Vaike-Kullamaa_(Vaikna)_vallavalitsus, lk 36
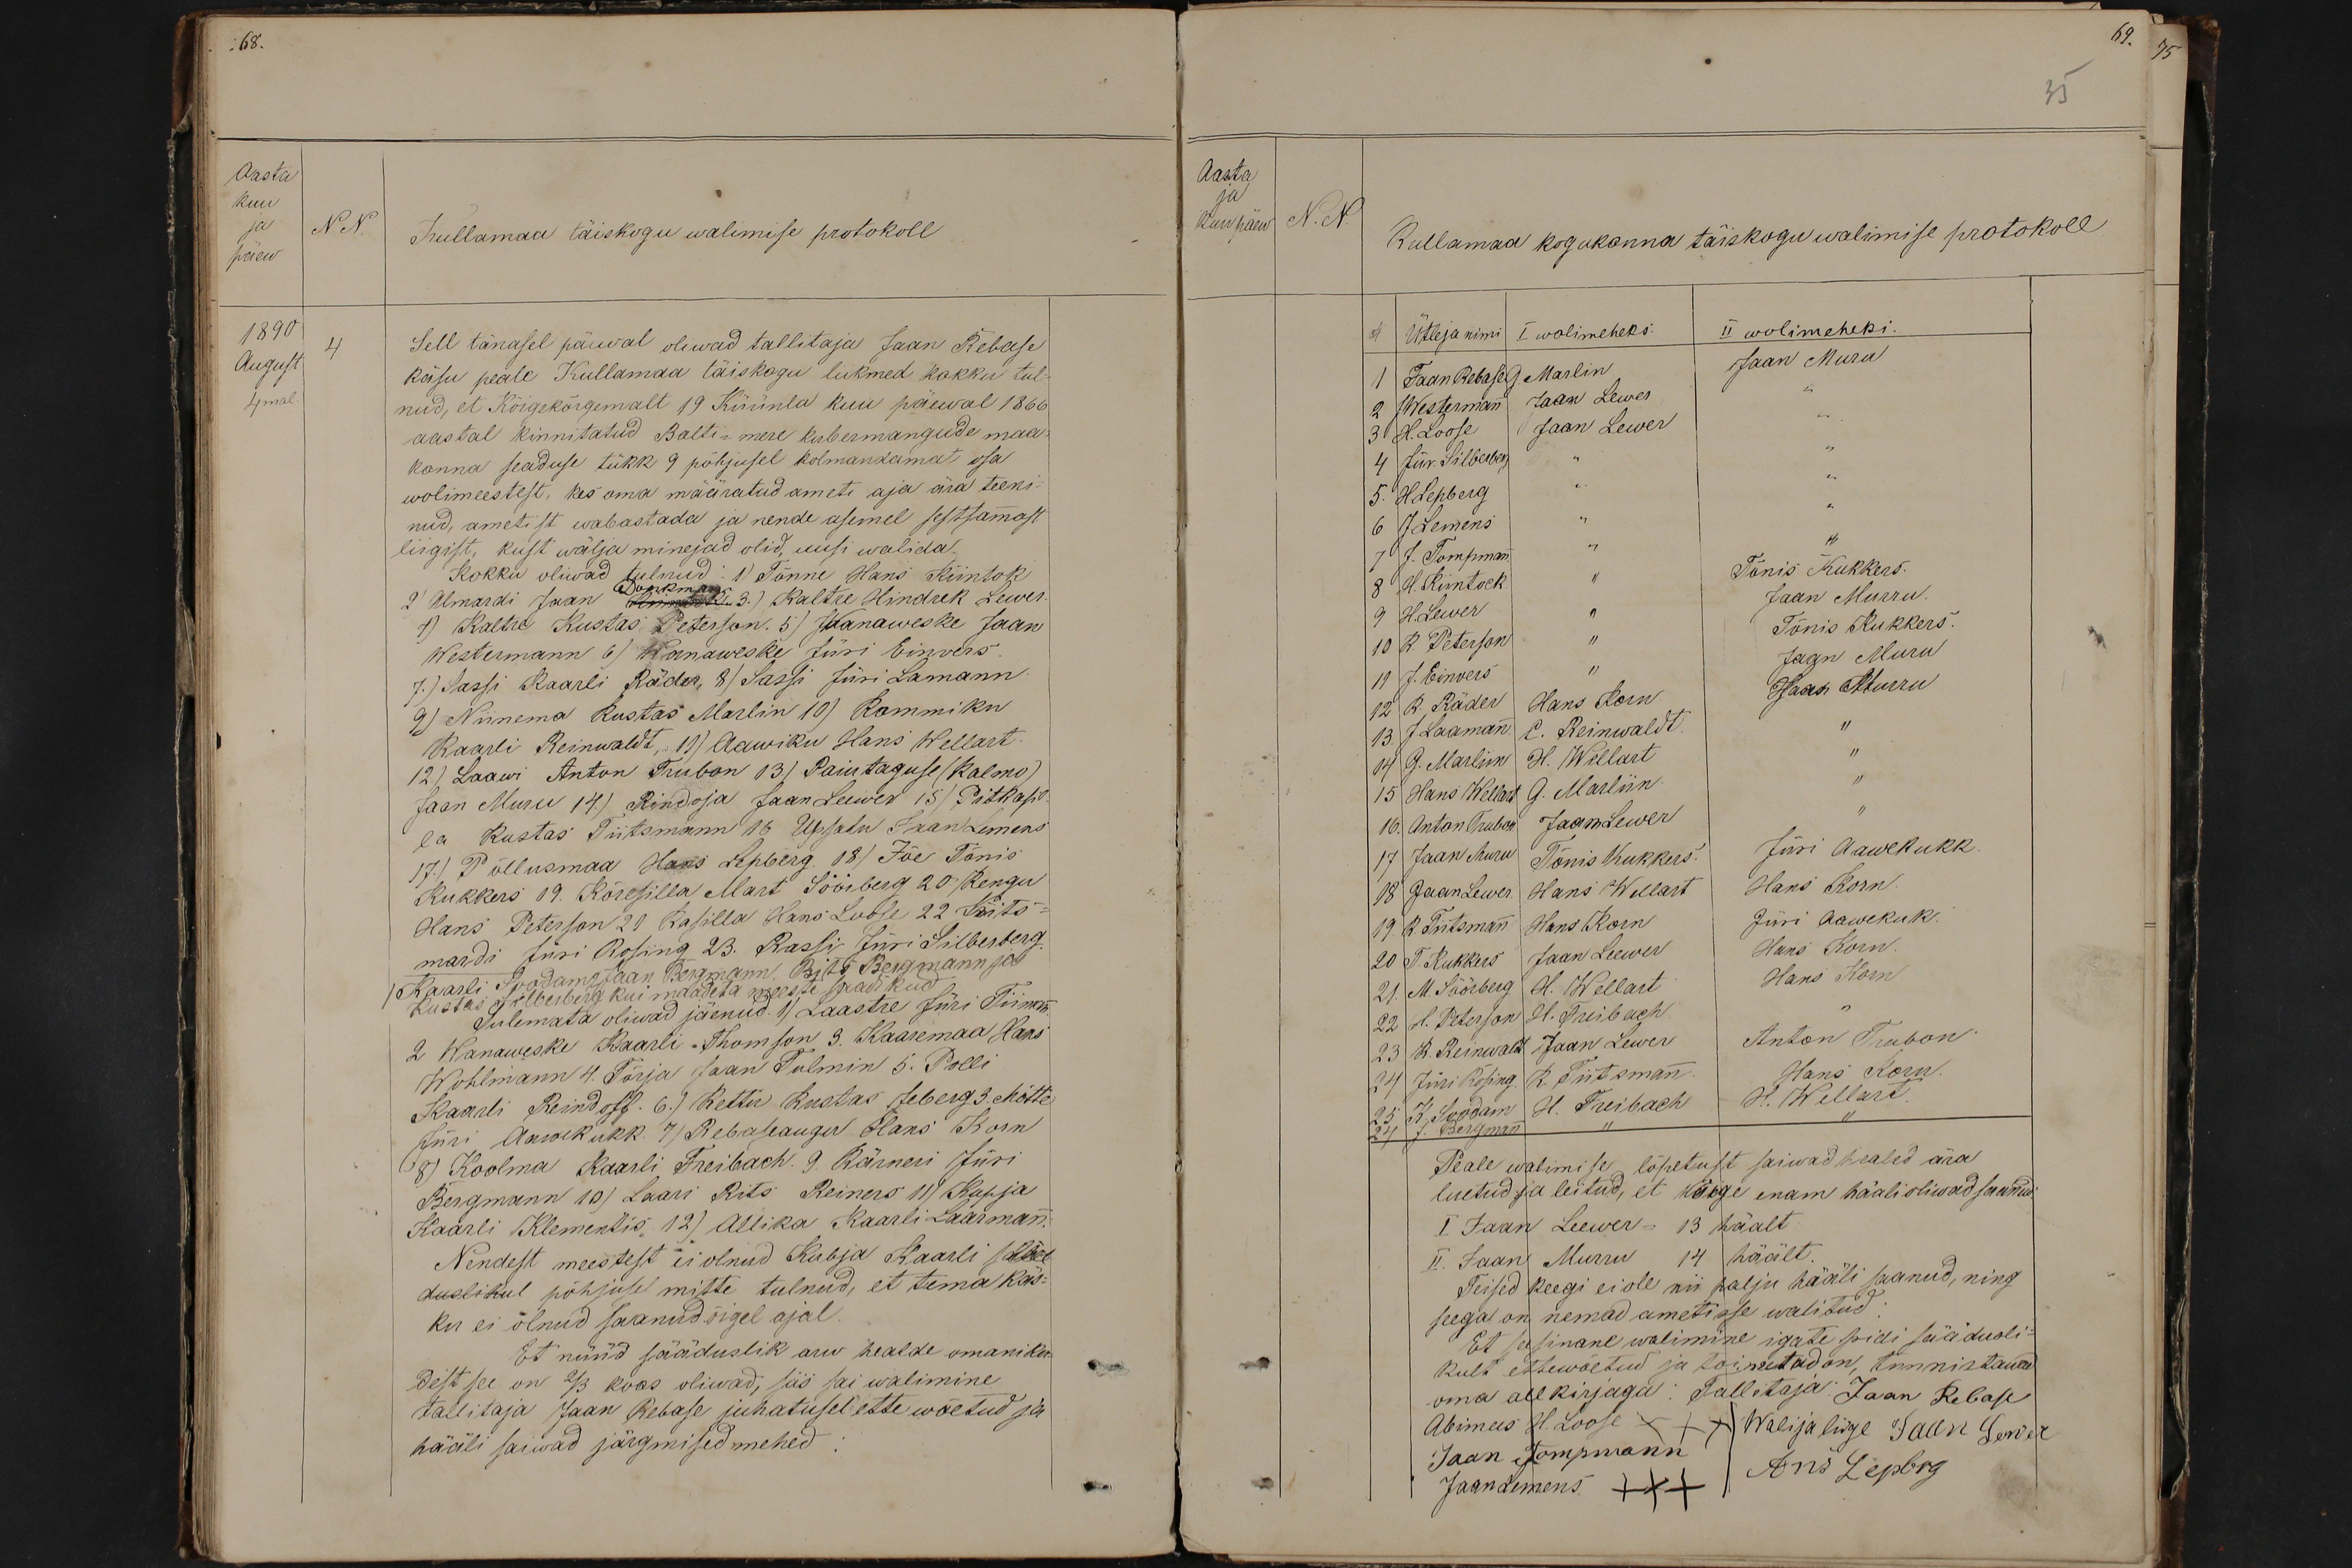
Aasta
kuu
No
ja
Kullamaa täiskogu walimise protokoll
päew
1890
4
Sell tänasel päewal oliwad tallitaja Jaan Rebase
August
käsu peale Kullamaa täiskogu liikmed kokku tul-
4mal
nud, et Kõigekõrgemalt 19 Küünla kuu päewal 1866
aastal kinnitatud Balti-mere kubermangude maa-
konna seaduse tükk 9 põhjusel kolmandamat osa
wolimeestest, kes oma määratud ameti aja ära teeks-
nud, ametist wabastada ja nende asemel sestsamast
liigist, kust wälja minejad olid, uusi walida.
Kokku oliwad tulnud: 1) Tõnne Hans Kiintok
2 Almardi Jaan Kirilik 3.) Kaltre Hindrek Lewer
4) Kaltre Kustas Peterson. 5) Wanaweske Jaan
Westermann 6) Wanaweske Jüri Einwers.
7.) Sassi Kaarli Räder, 8) Sassi Jüri Lamann
9) Niinema Kustas Marlin 10) Kommiku
Kaarli Reinwaldt, 11) Aawiku Hans Wellart.
12) Laawi Anton Trubon 13) Paiutaguse (Kalmo).
Jaan Muru 14.) Rindoja Jaan Leewer 15) Pitkasil-
la Kustas Tiitsmann 16 Upsalu Jaan Lemens
17.) Põllusmaa Hans Lepberg, 18) Jõe Tõnis
Kukkers 19. Kõresilla Mart Söörberg 20. Kengu
Hans Peterson 20 Rasilla Hans Luose 22 Kits-
mardi Jüri Rosing 23. Rassi Jürri Silberberg
Kaarli Soodam Jaan Bergmann, Rits Bergmann ja
Kustas Silberberg kui maadeta meeste saadikud
Tulemata oliwad jäenud. 1) Laastre Jüri Tiimann
2 Wanaweske Kaarli Thomson 3. Kaaremaa Hans
Wohlmann 4. Törja Jaan Tulmin 5. Polli
Kaarli Reindoff. 6.) Kettu Kustas Jeberg 3. Mötte
Jüri Aawekukk 7) Rebaseaugu Hans Korn
8) Koolma Kaarli Freibach. 9. Kärneri Jüri
Bergmann 10) Laari Rits Reiners 11) Kupja
Kaarli Klementis, 12.) Allika Kaarli Laarman:
Nendest meestest ei olnud Rubja Kaarli jääab
duslikud põhjuse mitte tulnud, et tema käs-
ku ei olnud saanud. õigel ajal
Et nüüd sääduslik arw healde omaniku
dest see on 2/3 koos oliwad, siis sai walimine.
tallitaja Jaan Rebase juhatusel ette wõetud ja
hääli saiwad järgmised mehed

69.
35
Aasta
ja
Kuu päew
N. N.
Kullamaa kogukonna täiskogu walimise protokoll
#
Ütleja nimi I wolimeheks.
II wolimeheks.
1
1 Jaan Rebase G. Marlin
Jaan Muru
2 JWestermann Jaan Lewer
3 H. Loose
Jaan Lewer
4 Jür. Silberberg
5. H. Lepberg.
6 J. Lemens
6 J Lemens
7. J. Tompman
"
Tõnis Kukkers.
8 H. Kiintock. "
Jaan Murru.
9 H.Lewer
Jaan Murru.
10 K. Peterson "
Tõnis Kukkers
Jaan Muru
9 H.Lewer
11 J. Einvers
12 R. Räder Hans Korn.
Jaan  Murru
13. J Laamann C. Reinwaldt
14 G. Marliin H. Wellart
15 Hans Wellat G. Marliin.
16. Anton Trubon Jaan Lewer
17 Jaan Muru Tõnis Kukkers.
Jüri Aawekukk.
18 Jaan Lewer. Hans Wellart
Hans Korn
19. R. Tiitsman Hans Korn
Jüri Aawekuk.
20 T. Kukkurs Jaan Leewer
Hans Korn.
21. M. Söörberg H. Wellart
Hans Korn
22 H. Peterson H. Freibach.
23 R. Reinwald Jaan Lewer
Anton Trubon
24 Jüri Rosing. R. Tiitsmann.
Hans Korn
25 K. Soodam H. Freibach
H. Wellart.
24. J. Bergmann
Peale walimise lõpetust saiwad healed ära
luetud ja leitud, et kõige enam hääli oliwad saanud
I Jaan Leewer - 13 häält.
II. Jaan Murru 14 häält
Teised keegi ei ole nii palju hääli saanud, ning
seega on nemad ametisse walitud
Et sessinane walimine igate pidi säädusli-
kult ettewõetud ja toimetad on, tunnistawad
oma all kirjaga: Tallitaja: Jaan Rebase
Abimees H. Loose x
Walijalige Jaan Lewer
Jaan Tompmann
Jaan Lemens XXX
Ans Lepberg